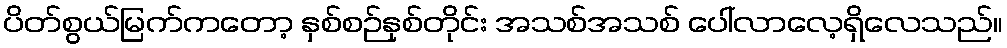
ပိတ်စွယ်မြက်ကတော့ နှစ်စဉ်နှစ်တိုင်း အသစ်အသစ် ပေါ်လာလေ့ရှိလေသည်။